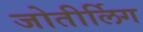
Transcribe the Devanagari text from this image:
जोतीर्लिग